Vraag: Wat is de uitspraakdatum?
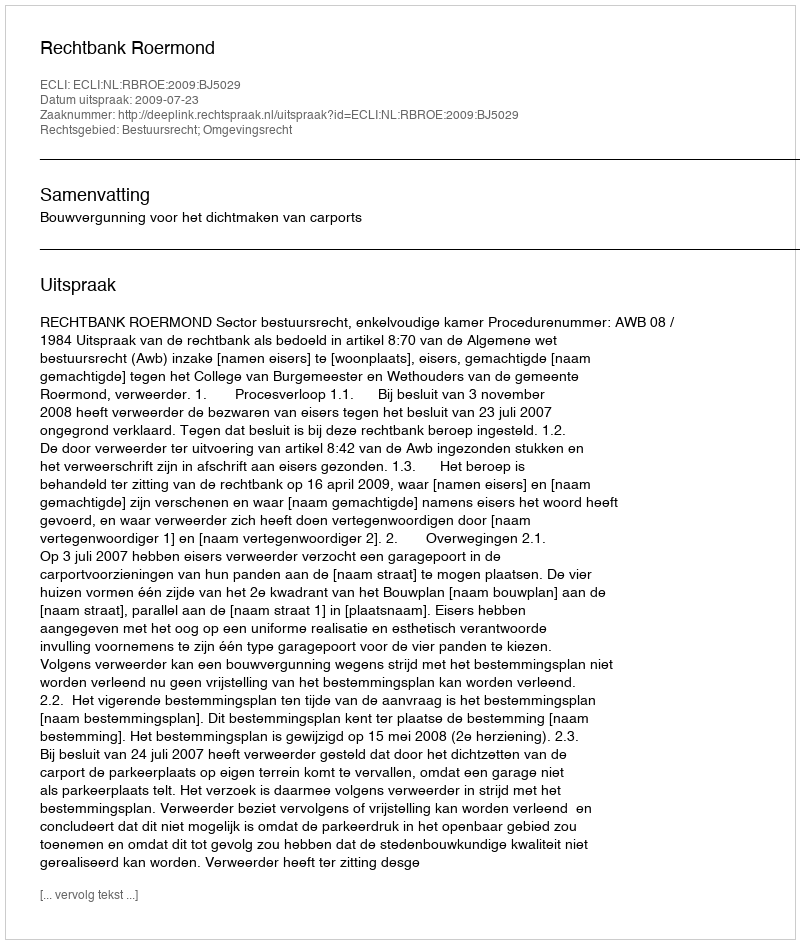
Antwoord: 2009-07-23